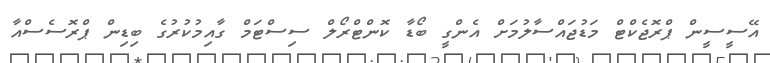
އޭސީސީން ޕްރޮޖެކްޓް މަޑުޖައްސާލުމަށް އެންގީ ބޯޑާ ކޮންޓްރޯލް ސިސްޓަމް ގާއިމުކުރުގެ ބިޑިން ޕްރޮސެސްއާ